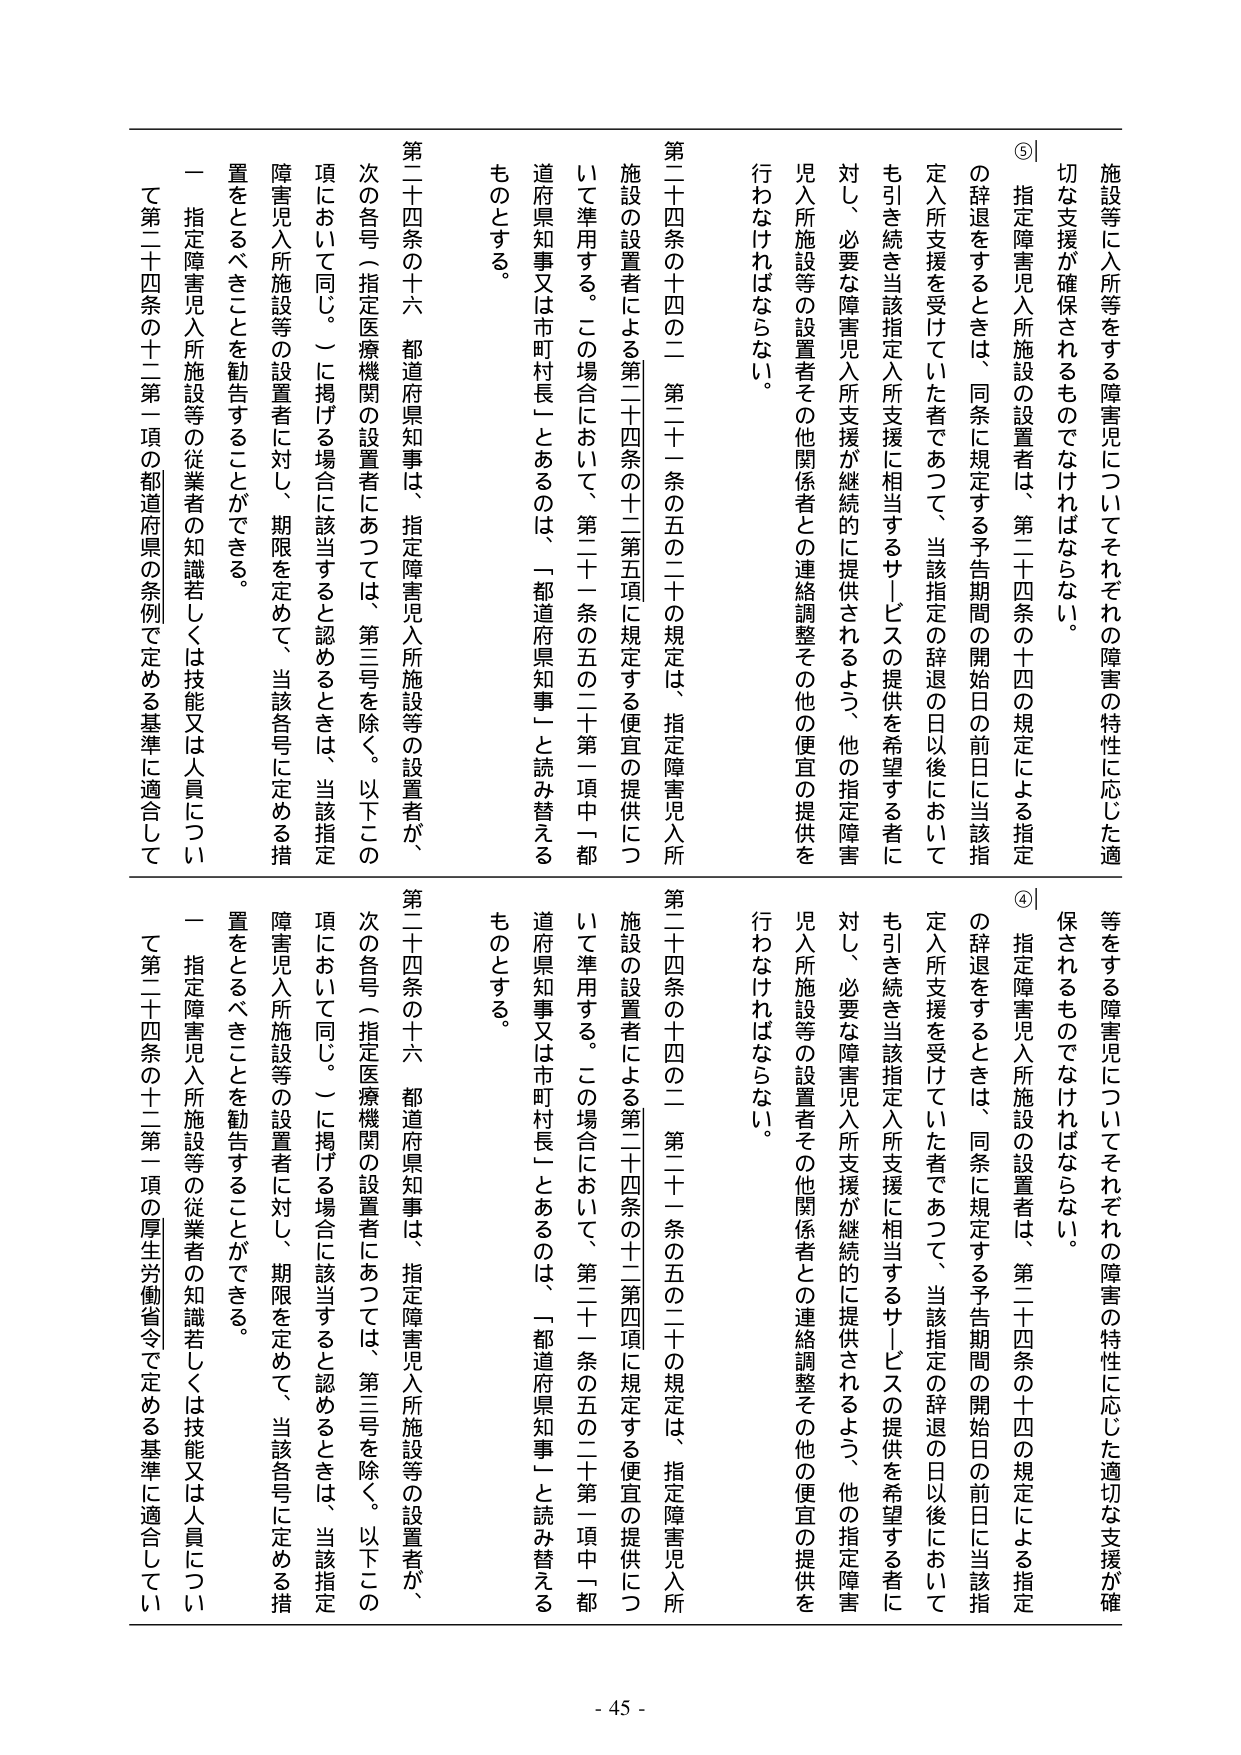
施設等に入所等をする障害児についてそれぞれの障害の特性に応じた適切な支援が確保されるものでなければならない。

⑤ 指定障害児入所施設の設置者は、第二十四条の十四の規定による指定の辞退をするときは、同条に規定する予告期間の開始日の前日に当該指定入所支援を受けていた者であつて、当該指定の辞退の日以後においても引き続き当該指定入所支援に相当するサービスの提供を希望する者に対し、必要な障害児入所支援が継続的に提供されるよう、他の指定障害児入所施設等の設置者その他関係者との連絡調整その他の便宜の提供を行わなければならない。

第二十四条の十四の二 第二十一条の五の二十の規定は、指定障害児入所施設の設置者による第二十四条の十二第五項に規定する便宜の提供について準用する。この場合において、第二十一条の五の二十第一項中「都道府県知事又は市町村長」とあるのは、「都道府県知事」と読み替えるものとする。

第二十四条の十六 都道府県知事は、指定障害児入所施設等の設置者が、次の各号（指定医療機関の設置者にあつては、第三号を除く。以下この項において同じ。）に掲げる場合に該当すると認めるときは、当該指定障害児入所施設等の設置者に対し、期限を定めて、当該各号に定める措置をとるべきことを勧告することができる。

一 指定障害児入所施設等の従業者の知識若しくは技能又は人員について第二十四条の十二第一項の都道府県の条例で定める基準に適合して

施設等に入所等をする障害児についてそれぞれの障害の特性に応じた適切な支援が確保されるものでなければならない。

④ 指定障害児入所施設の設置者は、第二十四条の十四の規定による指定の辞退をするときは、同条に規定する予告期間の開始日の前日に当該指定入所支援を受けていた者であつて、当該指定の辞退の日以後においても引き続き当該指定入所支援に相当するサービスの提供を希望する者に対し、必要な障害児入所支援が継続的に提供されるよう、他の指定障害児入所施設等の設置者その他関係者との連絡調整その他の便宜の提供を行わなければならない。

第二十四条の十四の二 第二十一条の五の二十の規定は、指定障害児入所施設の設置者による第二十四条の十二第四項に規定する便宜の提供について準用する。この場合において、第二十一条の五の二十第一項中「都道府県知事又は市町村長」とあるのは、「都道府県知事」と読み替えるものとする。

第二十四条の十六 都道府県知事は、指定障害児入所施設等の設置者が、次の各号（指定医療機関の設置者にあつては、第三号を除く。以下この項において同じ。）に掲げる場合に該当すると認めるときは、当該指定障害児入所施設等の設置者に対し、期限を定めて、当該各号に定める措置をとるべきことを勧告することができる。

一 指定障害児入所施設等の従業者の知識若しくは技能又は人員について第二十四条の十二第一項の厚生労働省令で定める基準に適合して

- 45 -